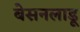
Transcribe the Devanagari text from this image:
बेसनलाडू